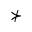
\nsucc